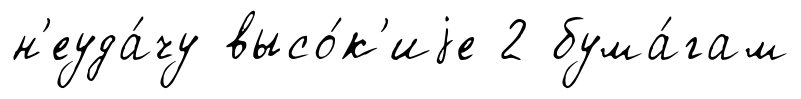
н'еуда́чу высо́к'иjе 2 бума́гам